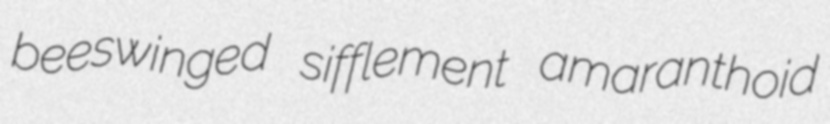
beeswinged sifflement amaranthoid